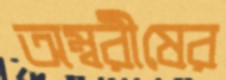
অম্বরীষের